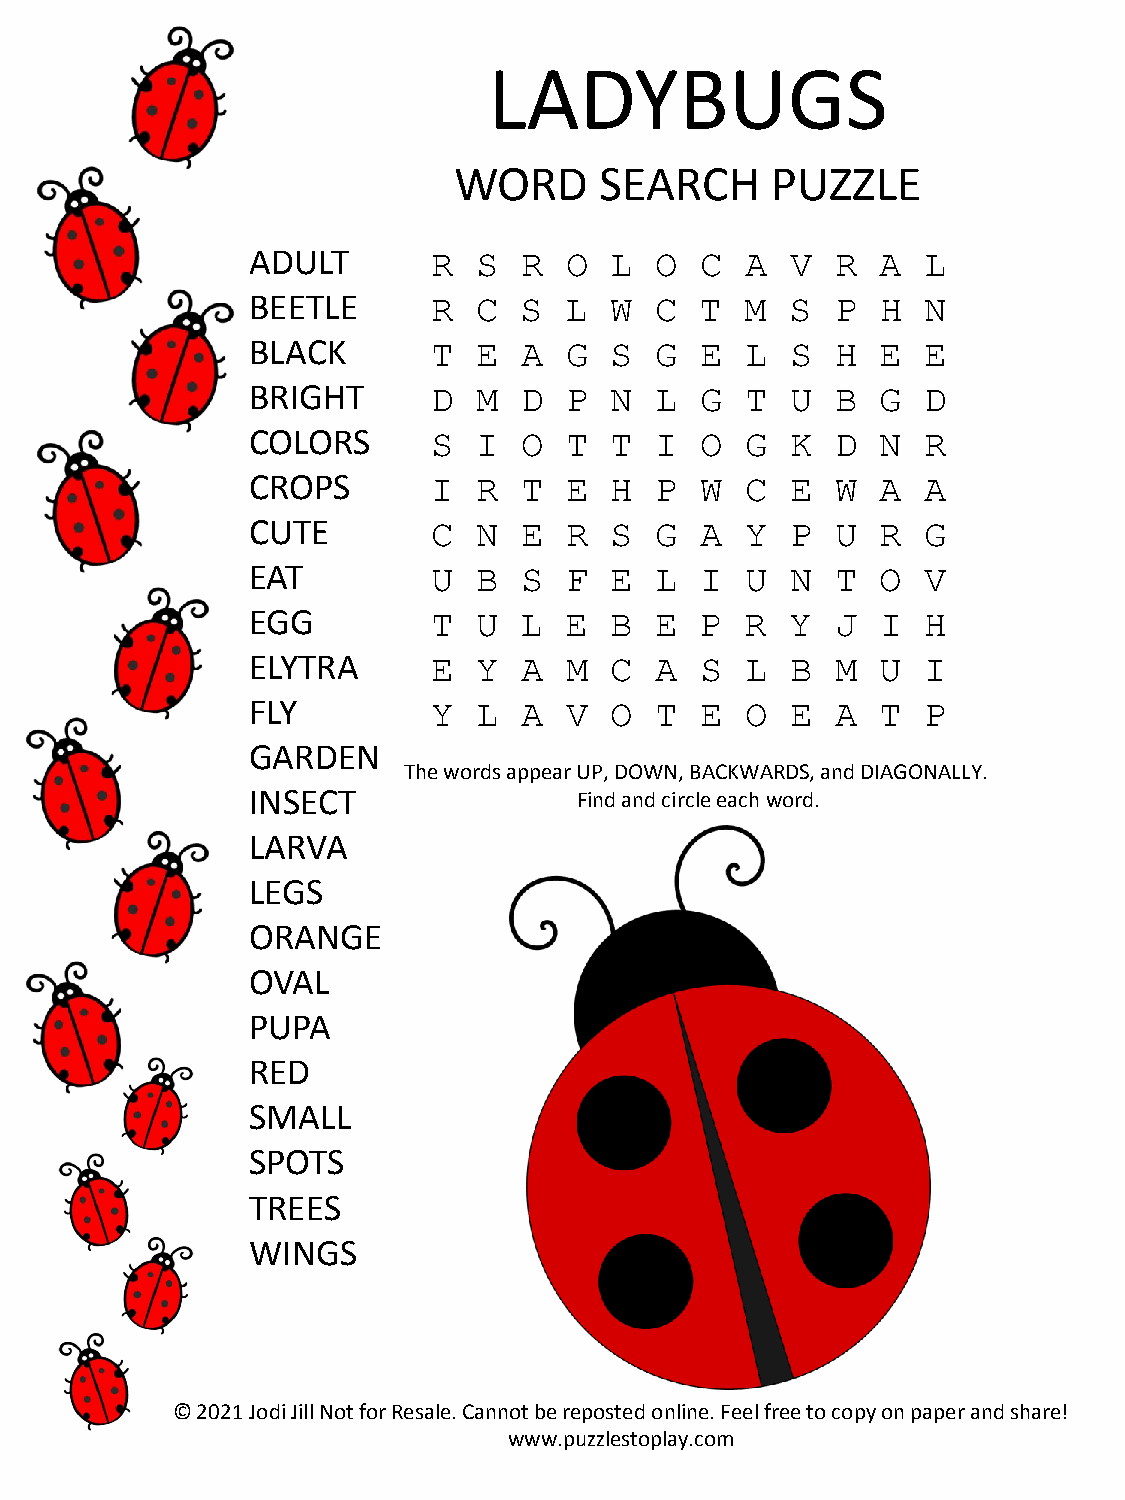
LADYBUGS
 WORD      SEARCH     PUZZLE
 ADULT        R  S  R O  L  O  C  A  V  R  A  L
 BEETLE       R  C  S L  W  C  T  M  S  P  H  N
 BLACK        T  E  A G  S  G  E  L  S  H  E  E
 BRIGHT       D  M  D P  N  L  G  T  U  B  G  D
 COLORS       S  I  O T  T  I  O  G  K  D  N  R
 CROPS        I  R  T E  H  P  W  C  E  W  A  A
 CUTE         C  N  E R  S  G  A  Y  P  U  R  G
 EAT          U  B  S F  E  L  I  U  N  T  O  V
 EGG          T  U  L E  B  E  P  R  Y  J  I  H
 ELYTRA       E  Y  A M  C  A  S  L  B  M  U  I
 FLY          Y  L  A V  O  T  E  O  E  A  T  P
 GARDEN
 The words appear UP, DOWN, BACKWARDS, and DIAGONALLY.
 INSECT                Find and circle each word.
 LARVA
 LEGS
 ORANGE
 OVAL
 PUPA
 RED
 SMALL
 SPOTS
 TREES
 WINGS
 © 2021 Jodi Jill Not for Resale. Cannot be reposted online. Feel free to copy on paper and share!
 www.puzzlestoplay.com